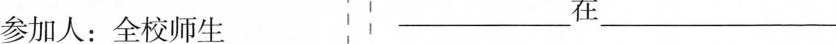
参加人：全校师生 ___在___